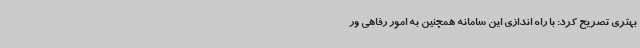
بهتری تصریح کرد: با راه اندازی این سامانه همچنین به امور رفاهی ور